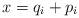
LaTeX: \begin{align*}x = q_i + p_i\end{align*}